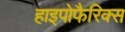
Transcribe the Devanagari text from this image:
हाइपोफैरिक्स